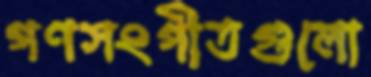
গণসংগীতগুলো